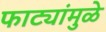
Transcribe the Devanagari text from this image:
फाट्यांमुळे